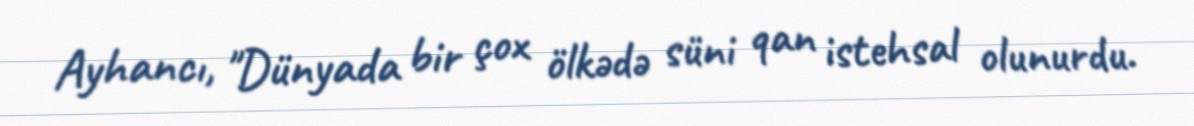
Ayhancı, "Dünyada bir çox ölkədə süni qan istehsal olunurdu.